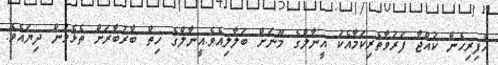
އެފިރިހެން ކުއްޖާ ފަރުވާތެރިކަމާއެކު އީނާލްގެ މޫނަށް ބަލާލިއެވެ.އީނާލްގެ ހިތް ބާރުބާރަށް ތެޅެމުން ދިޔައެވެ.